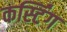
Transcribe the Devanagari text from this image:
कर्स्टिंग